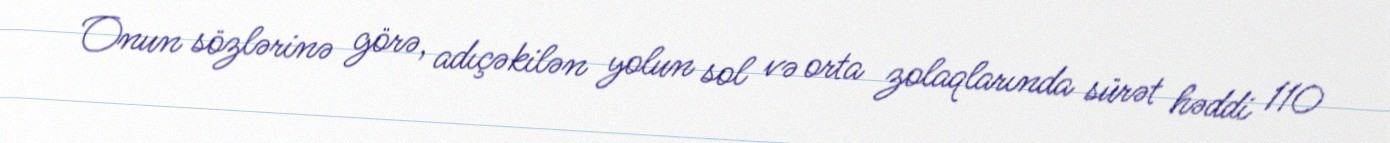
Onun sözlərinə görə, adıçəkilən yolun sol və orta zolaqlarında sürət həddi 110